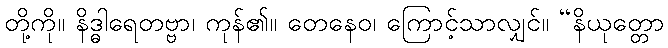
တို့ကို။ နိဒ္ဓါရေတဗ္ဗာ၊ ကုန်၏။ တေနေဝ၊ ကြောင့်သာလျှင်။ “နိယုတ္တော